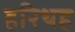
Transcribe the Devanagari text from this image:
हरिथह